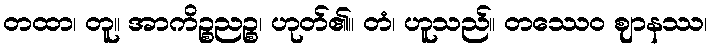
တထာ၊ တူ။ အာကိဉ္စညဉ္စ၊ ဟုတ်၏။ တံ၊ ဟူသည်။ တဿေဝ ဈာနဿ၊